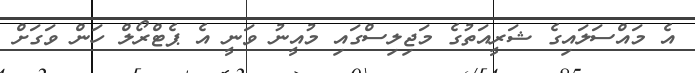
އެ މައްސަލައިގެ ޝަރީއަތުގެ މަޖިލިސްގައި މުއީނު ވަނީ އެ ޕެޓްރޯލް ހަން ވަގަށް